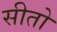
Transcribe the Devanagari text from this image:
सीतो